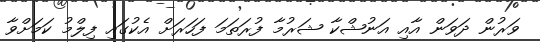
ވަރުން ދަވަން އާއި އަނުޝްކާ ޝަރުމާ ފުރަތަމަ ފަހަރަށް އެކުގައި ފިލްމު ކަމަށްވާ